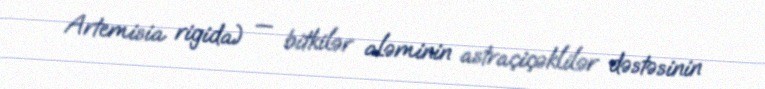
Artemisia rigida) — bitkilər aləminin astraçiçəklilər dəstəsinin